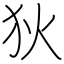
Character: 狄